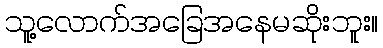
သူ့လောက်အခြေအနေမဆိုးဘူး။